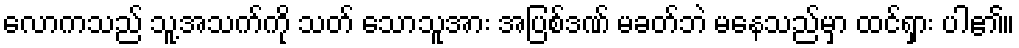
လောကသည် သူ့အသက်ကို သတ် သောသူအား အပြစ်ဒဏ် မခတ်ဘဲ မနေသည်မှာ ထင်ရှား ပါ၏။